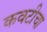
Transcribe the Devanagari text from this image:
कवटीचा